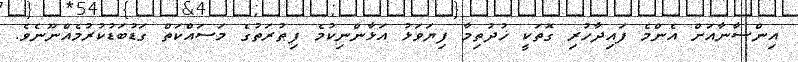
އިންސާނާއަށް އެންމެ ފައިދާހުރި ގޮތަކީ ޚުދުތިމާ ފިޔަވަޅު އަޅާންނިކުމެ ފިޠުރަތުގެ މަސައްކަތް ގަޑުބަޑުކުރުމެއްނޫނެވެ.